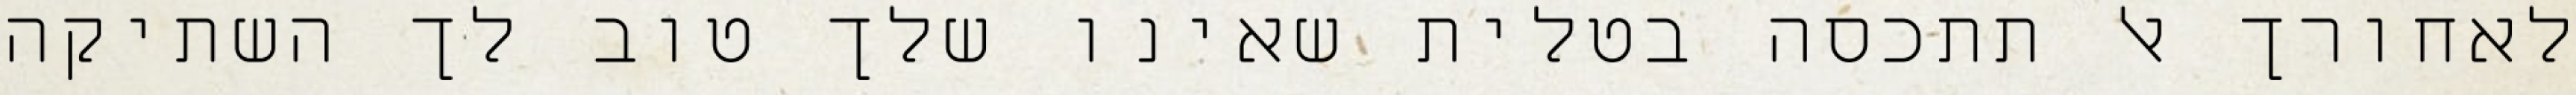
לאחורך אל תתכסה בטלית שאינו שלך טוב לך השתיקה